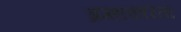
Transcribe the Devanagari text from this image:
ब्रम्हाकरिता